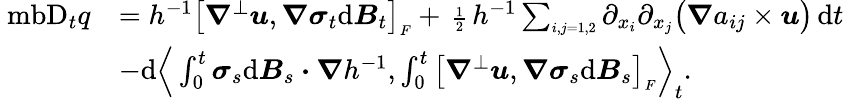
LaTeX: \begin{array}{rl}{\mathrm{\ mb{D}}_{t}q}&{=h^{-1}\big[\boldsymbol{\nabla}^{\perp}\boldsymbol{u},\boldsymbol{\nabla}\boldsymbol{\sigma}_{t}\mathrm{d}\boldsymbol{B}_{t}\big]_{\scriptscriptstyle F}+\mathrm{\scriptsize~\frac{1}{2}~}h^{-1}\sum_{\scriptscriptstyle i,j=1,2}\partial_{x_{i}}\partial_{x_{j}}\big(\boldsymbol{\nabla}a_{ij}\times\boldsymbol{u}\big)\, \mathrm{d}t}\\ &{-\mathrm{d}\Big\langle\int_{0}^{t}\boldsymbol{\sigma}_{s}\mathrm{d}\boldsymbol{B}_{s}\boldsymbol{\cdot}\boldsymbol{\nabla}h^{-1},\int_{0}^{t}\big[\boldsymbol{\nabla}^{\perp}\boldsymbol{u},\boldsymbol{\nabla}\boldsymbol{\sigma}_{s}\mathrm{d}\boldsymbol{B}_{s}\big]_{\scriptscriptstyle F}\Big\rangle_{t}.}\end{array}